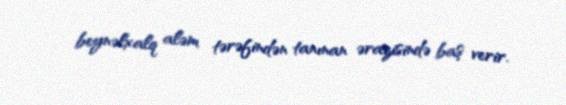
beynəlxalq aləm tərəfindən tanınan ərazisində baş verir.